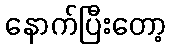
နောက်ပြီးတော့